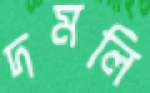
দমলি